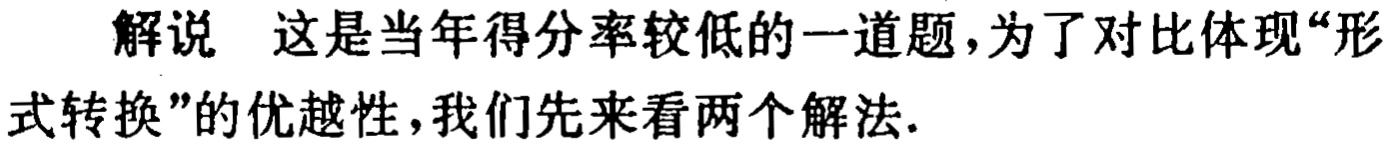
解说 这是当年得分率较低的一道题，为了对比体现“形式转换”的优越性，我们先来看两个解法.